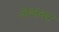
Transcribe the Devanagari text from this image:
अजनर